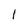
Character: l